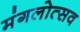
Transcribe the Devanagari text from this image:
मंगलोत्सव